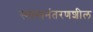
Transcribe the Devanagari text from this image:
स्थानानंतरणशील